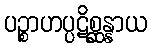
ပဉ္စာဟပ္ပဋိစ္ဆန္နာယ